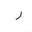
Letter: _ra